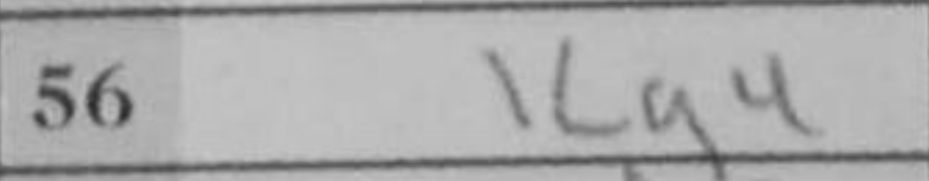
Transcription: Kg4